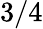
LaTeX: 3/4